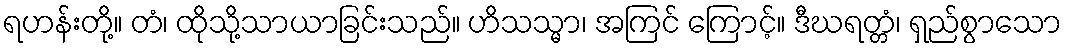
ရဟန်းတို့။ တံ၊ ထိုသို့သာယာခြင်းသည်။ ဟိသသ္မာ၊ အကြင် ကြောင့်။ ဒီဃရတ္တံ၊ ရှည်စွာသော